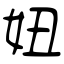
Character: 妞